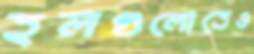
হলগুলোতেও